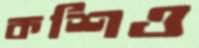
কশিও